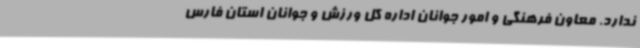
ندارد. معاون فرهنگی و امور جوانان اداره کل ورزش و جوانان استان فارس